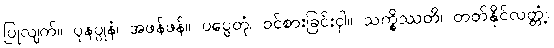
ပြုလျက်။ ပုနပ္ပုနံ၊ အဖန်ဖန်။ ပပ္ပေတုံ၊ ဝင်စားခြင်းငှါ။ သက္ခိဿတိ၊ တတ်နိုင်လတ္တံ့။